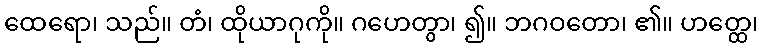
ထေရော၊ သည်။ တံ၊ ထိုယာဂုကို။ ဂဟေတွာ၊ ၍။ ဘဂဝတော၊ ၏။ ဟတ္ထေ၊